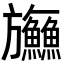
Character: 𬀤